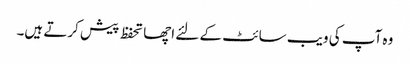
وہ آپ کی ویب سائٹ کے لئے اچھا تحفظ پیش کرتے ہیں۔